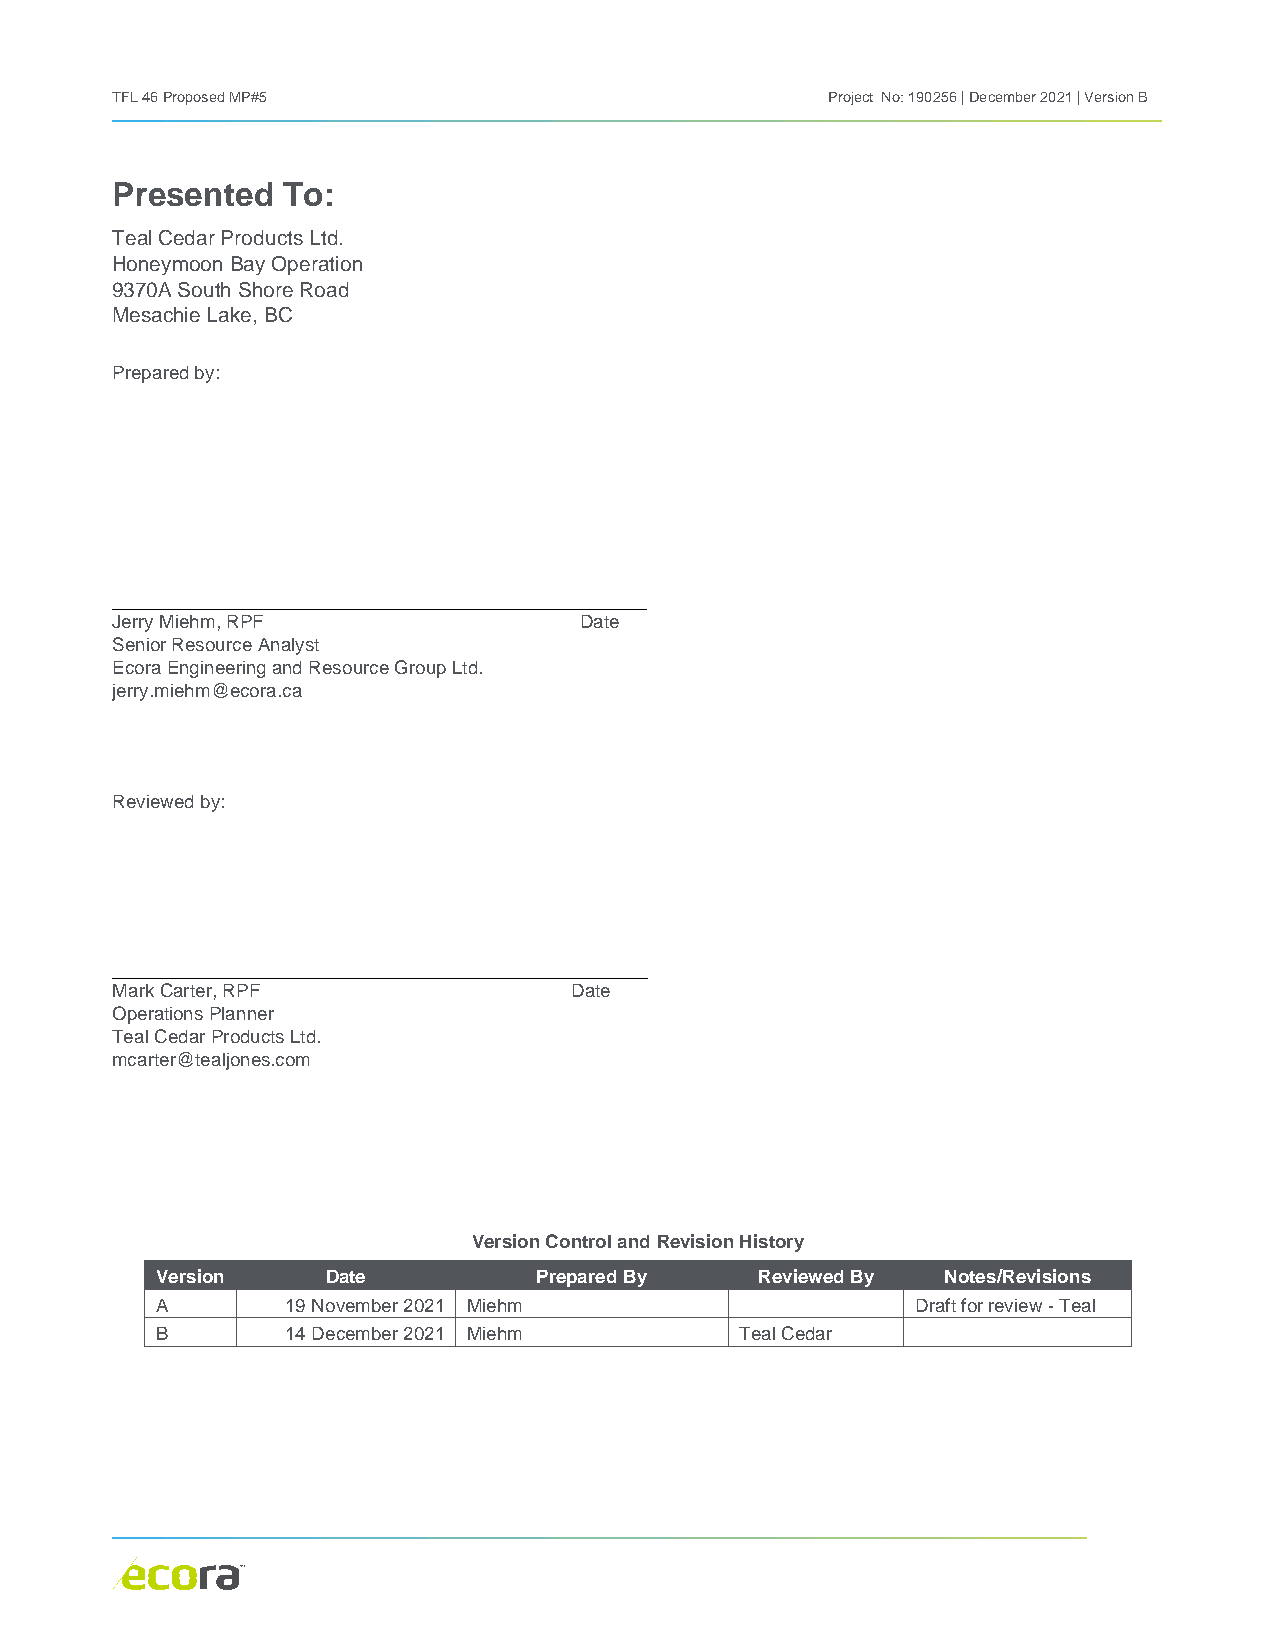
TFL 46 Proposed MP#5                            Project No: 190256 | December 2021 | Version B
 Presented   To:
 Teal Cedar Products Ltd.
 Honeymoon Bay Operation
 9370A South Shore Road
 Mesachie Lake, BC
 Prepared by:
 Jerry Miehm, RPF               Date
 Senior Resource Analyst
 Ecora Engineering and Resource Group Ltd.
 jerry.miehm@ecora.ca
 Reviewed by:
 Mark Carter, RPF               Date
 Operations Planner
 Teal Cedar Products Ltd.
 mcarter@tealjones.com
 Version Control and Revision History
 Version     Date          Prepared By   Reviewed By  Notes/Revisions
 A        19 November 2021 Miehm                    Draft for review - Teal
 B        14 December 2021 Miehm        Teal Cedar